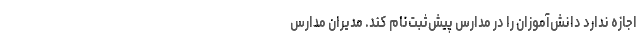
اجازه ندارد دانش‌آموزان را در مدارس پیش‌ثبت‌نام کند. مدیران مدارس